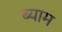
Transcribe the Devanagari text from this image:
ब्याम